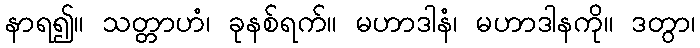
နာရ၍။ သတ္တာဟံ၊ ခုနစ်ရက်။ မဟာဒါနံ၊ မဟာဒါနကို။ ဒတွာ၊